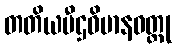
တတိယပီဌဝိမာနဝတ္ထု